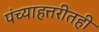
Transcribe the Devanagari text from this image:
पंच्याहत्तरीतही